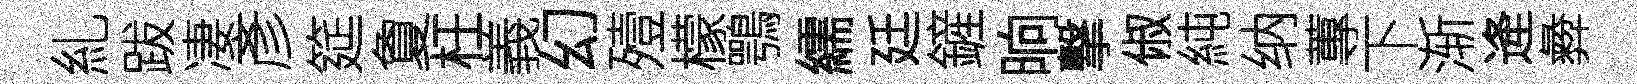
糺跋凄彥筵夐枉義幻殪檬鶚繻廷鏟晌撃俶純纳蓴下渐逄彜